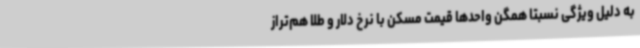
به دلیل ویژگی نسبتا همگن واحدها قیمت مسکن با نرخ دلار و طلا هم‌تراز